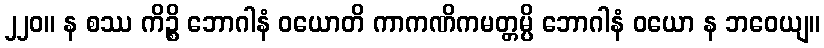
၂၂၀။ န စဿ ကိဉ္စိ ဘောဂါနံ ဝယောတိ ကာကဏိကမတ္တမ္ပိ ဘောဂါနံ ဝယော န ဘဝေယျ။